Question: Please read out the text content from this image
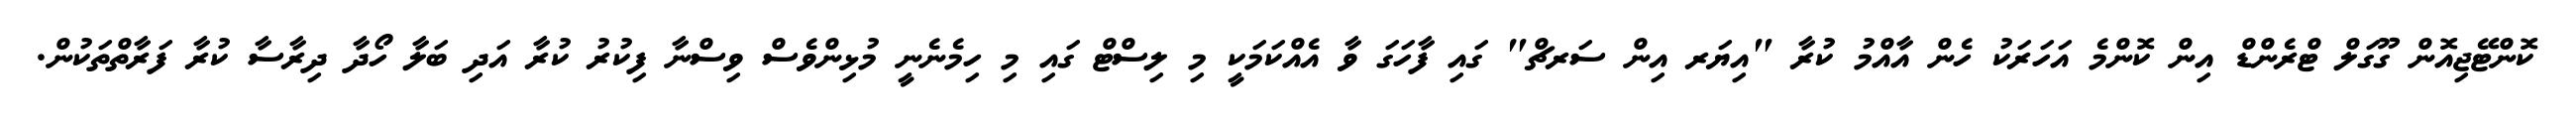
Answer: ކޮންޓޭޖިއޮން ގޫގަލް ޓްރެންޑް އިން ކޮންމެ އަހަރަކު ހެން އާއްމު ކުރާ "އިޔަރ އިން ސަރޗް" ގައި ފާހަގަ ވާ އެއްކަމަކީ މި ލިސްޓް ގައި މި ހިމެނެނީ މުޅިންވެސް ވިސްނާ ފިކުރު ކުރާ އަދި ބަލާ ހޯދާ ދިރާސާ ކުރާ ފަރާތްތަކުން.